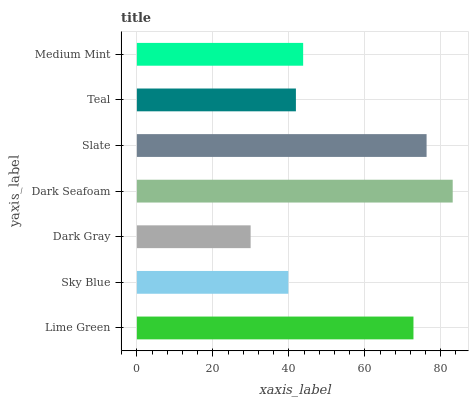
| yaxis_label | bars |
 | --- | --- |
 | Lime Green | 72.8 |
 | Sky Blue | 39.9 |
 | Dark Gray | 29.9 |
 | Dark Seafoam | 83.1 |
 | Slate | 76.3 |
 | Teal | 41.9 |
 | Medium Mint | 43.8 |